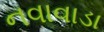
નવાવાડા